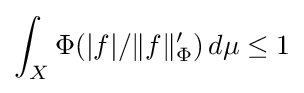
\int _{X}\Phi (|f|/\|f\|_{\Phi }')\,d\mu \leq 1